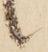
候